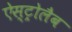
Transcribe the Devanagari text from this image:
ऐस्ट्रोलैब